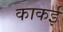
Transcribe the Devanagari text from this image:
काकई